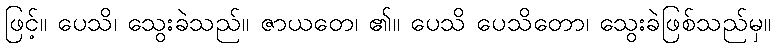
ဖြင့်။ ပေသိ၊ သွေးခဲသည်။ ဇာယတေ၊ ၏။ ပေသိ ပေသိတော၊ သွေးခဲဖြစ်သည်မှ။